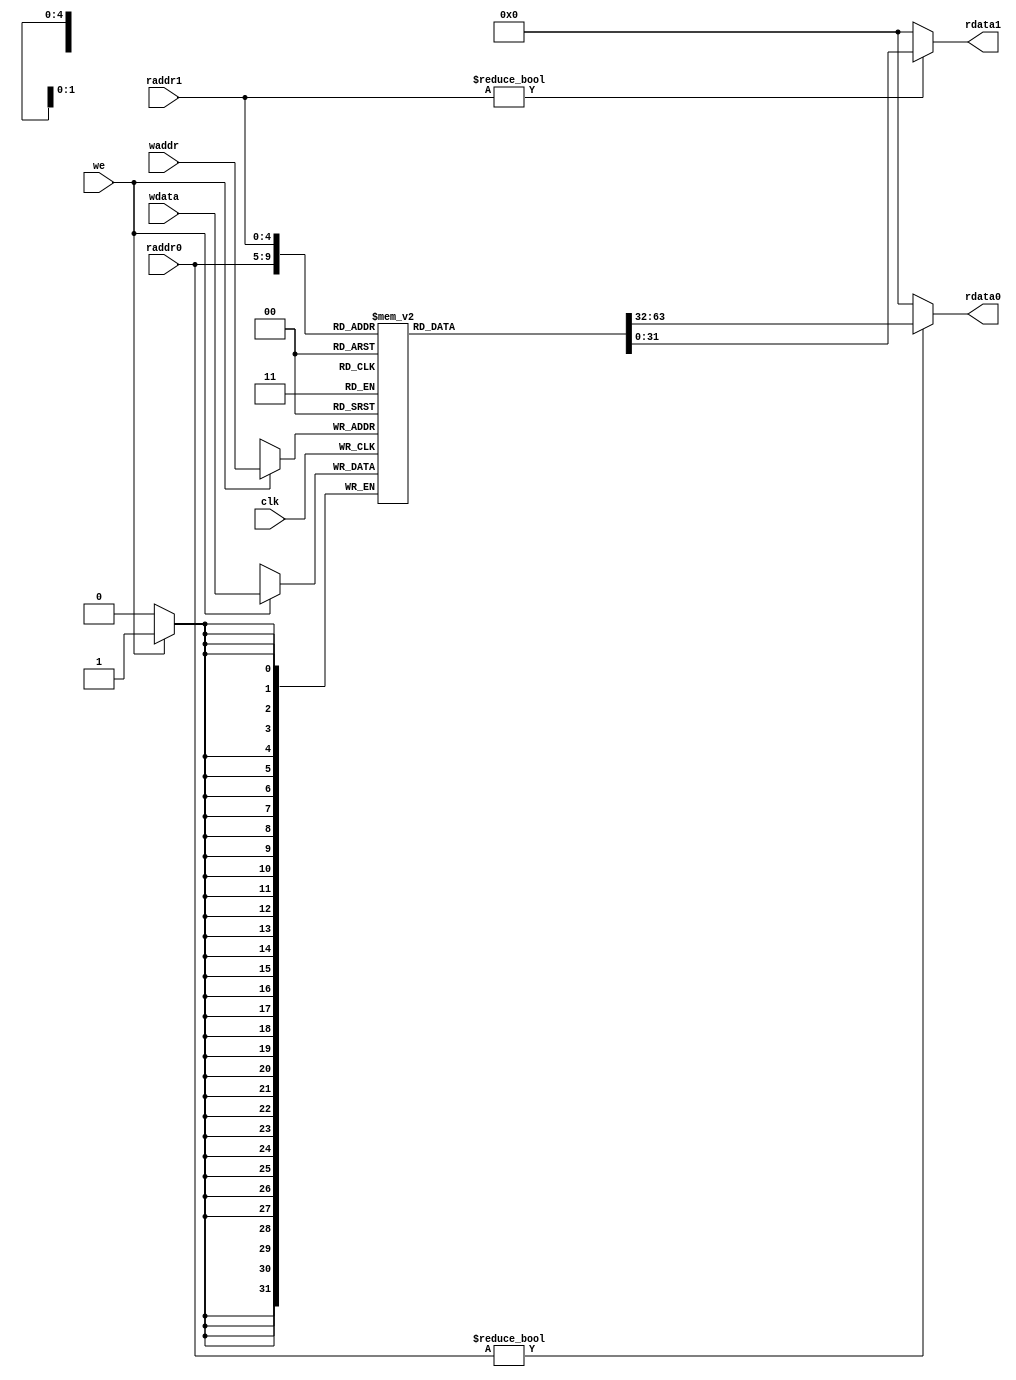
module reg_file
(
input  clk,
input  [4:0] raddr0,raddr1,waddr,
input  [31:0] wdata,
input  we,
output  [31:0] rdata0,rdata1

);

reg [31:0] rf[31:0];

genvar i;
generate
for (i = 0; i < 32; i = i + 1)
begin : reg_init
    initial
        rf[i] = 32'b0; /* Set initial value of x[i] to 0 */
end
endgenerate

always @(posedge clk)
	if(we) rf[waddr]<=wdata;
	
assign rdata0 = (raddr0!=0)?rf[raddr0]:0;
assign rdata1 = (raddr1!=0)?rf[raddr1]:0;

endmodule